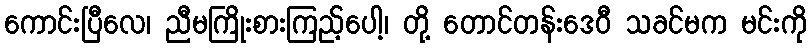
ကောင်းပြီလေ၊ ညီမကြိုးစားကြည့်ပေါ့၊ တို့ တောင်တန်းဒေဝီ သခင်မက မင်းကို